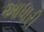
આધારી